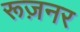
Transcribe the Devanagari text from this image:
रूज़नर